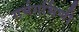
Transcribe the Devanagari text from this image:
गर्भगर्भिणी